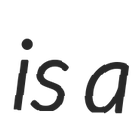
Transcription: is a